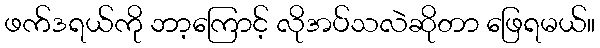
ဖက်ဒရယ်ကို ဘာ့ကြောင့် လိုအပ်သလဲဆိုတာ ဖြေရမယ်။